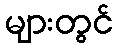
များတွင်